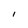
Character: I